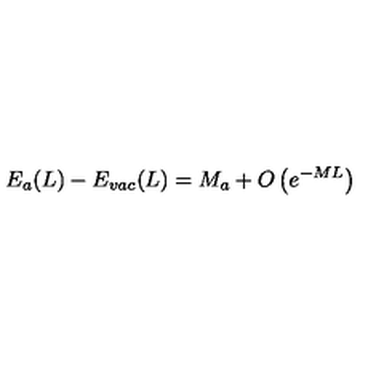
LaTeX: E _ { a } ( L ) - E _ { v a c } ( L ) = M _ { a } + O \left( e ^ { - M L } \right)